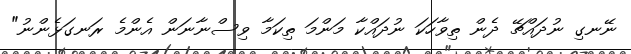
ނޭނގި ނުދައްޗޭ ދެން ތިވާހަކަ ނުދައްކާ މަންމަ ތިކަމާ ވިސްނާނަން އެންމެ ރަނގަޅެންނު"